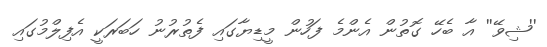
''ޝިވޭ'' އާ ބެހޭ ގޮތުން އެންމެ ފަހުން މީޑިޔާގައި ފެތުރުނު ހަބަރަކީ އެފިލްމުގައި